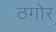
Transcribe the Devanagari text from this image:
ठगोर